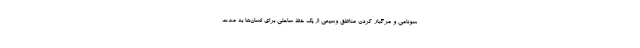
سونامی و مرگبار کردن مناطق وسیعی از یک خط ساحلی برای انسان‌ها به مدت